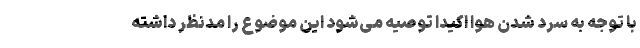
با توجه به سرد شدن هوا اکیدا توصیه می‌شود این موضوع را مدنظر داشته